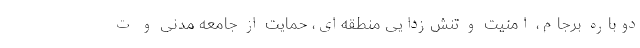
دوباره برجام، امنیت و تنش‌زدایی منطقه‌ای، حمایت از جامعه مدنی و ت